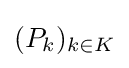
(P_{k})_{k\in K}